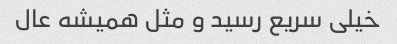
خیلی سریع رسید و مثل همیشه عال